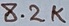
Text: 8.2K